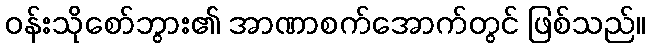
ဝန်းသိုစော်ဘွား၏ အာဏာစက်အောက်တွင် ဖြစ်သည်။